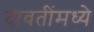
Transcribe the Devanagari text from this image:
दावतींमध्ये